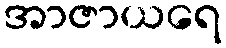
အာဇာယရေ